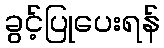
ခွင့်ပြုပေးရန်